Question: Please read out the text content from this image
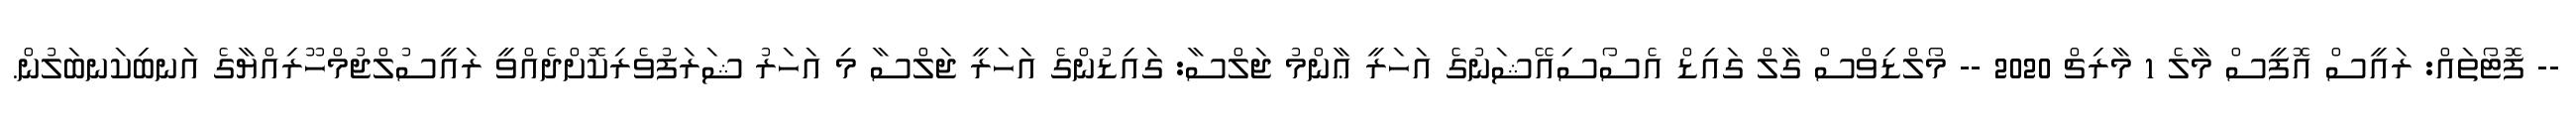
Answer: -- ފޮޓޯތައް: ރައީސް އޮފީސް މާލެ 1 މާރިޗް 2020 -- މޯލްޑިވްސް ގާލް ގައިޑް އެސޯސިއޭޝަނުގެ އަހަރީ ޢާންމު ޖަލްސާ: ގައިޑުންގެ އަހަރީ ޖަލްސާ މި އަހަރު ޝަރަފުވެރިކޮށްދެއްވީ ރައީސުލްޖުމްހޫރިއްޔާގެ އަނބިކަނބަލުން.